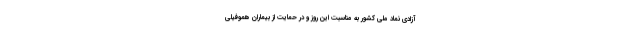
آزادی نماد ملی کشور به مناسبت این روز و در حمایت از بیماران هموفیلی